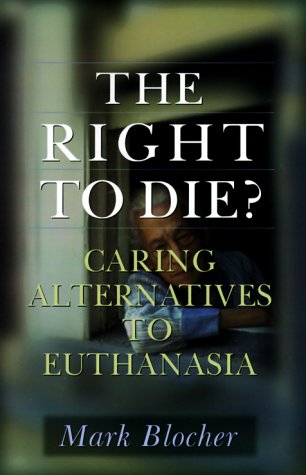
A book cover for The Right to Die?: Caring Alternatives to Euthanasia; Mark Blocher; Law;